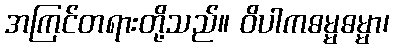
အကြင်တရားတို့သည်။ ဝိပါကဓမ္မဓမ္မာ၊